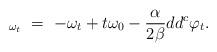
LaTeX: \begin{align*}_{\omega_t} \ = \ -\omega_t +t\omega_{0}- \frac{\alpha}{2\beta} dd^c \varphi_t.\end{align*}